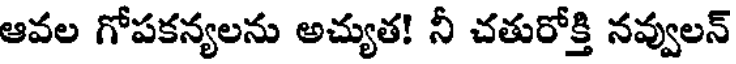
ఆవల గోపకన్యలను అచ్యుత! నీ చతురోక్తి నవ్వులన్